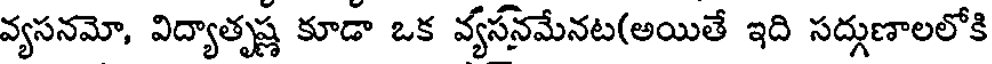
వ్యసనమో, విద్యాతృష్ణ కూడా ఒక వ్యసనమేనట(అయితే ఇది సద్గుణాలలోకి